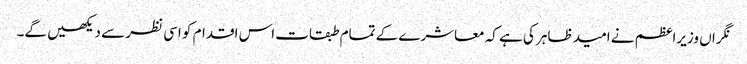
نگراں وزیراعظم نے امید ظاہر کی ہے کہ معاشرے کے تمام طبقات اس اقدام کو اسی نظر سے دیکھیں گے۔